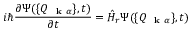
i \hbar \frac { \partial \Psi ( \{ Q _ { \mathrm { ~ \bf ~ k ~ } \alpha } \} , t ) } { \partial t } = \hat { H } _ { r } \Psi ( \{ Q _ { \mathrm { ~ \bf ~ k ~ } \alpha } \} , t )